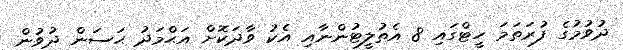
ދުވުމުގެ ފުރަތަމަ ހީޓްގައި 8 އެތުލީޓުންނާއި އެކު ވާދަކޮށް އަޙްމަދު ޙަސަން ދުވުން